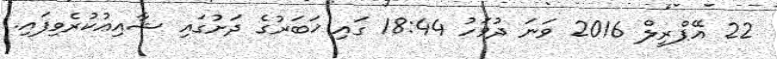
22 އޭޕްރީލް 2016 ވަނަ ދުވަހު 18:44 ގައި ޚަބަރުގެ ދަށުގައި ޝާއިޢުކުރެވިފައި.